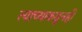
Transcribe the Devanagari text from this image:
त्याच्याकडूनही